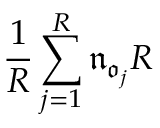
\frac 1 R \sum _ { j = 1 } ^ { R } \mathfrak { n } _ { \mathfrak { o } _ { j } } R